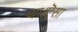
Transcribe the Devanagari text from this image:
था।ऎसा